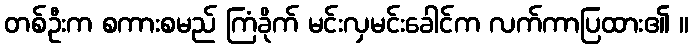
တစ်ဦးက စကားစမည် ကြံခိုက် မင်းလှမင်းခေါင်က လက်ကာပြထား၏ ။